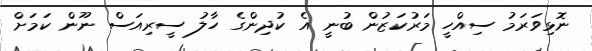
ނޮޅިވަރަމު ސިއްހީ މަރުކަޒުން ބުނީ އެ ކުދިންގެ ހާލު ސީރިއަސް ނޫން ކަމަށް